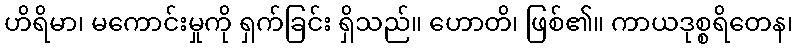
ဟိရိမာ၊ မကောင်းမှုကို ရှက်ခြင်း ရှိသည်။ ဟောတိ၊ ဖြစ်၏။ ကာယဒုစ္စရိတေန၊